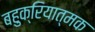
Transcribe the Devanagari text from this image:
बहुक्रियात्मक